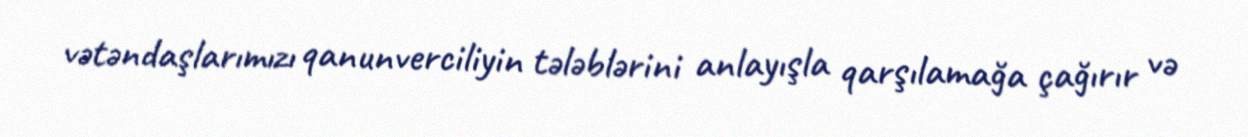
vətəndaşlarımızı qanunverciliyin tələblərini anlayışla qarşılamağa çağırır və